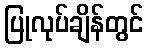
ပြုလုပ်ချိန်တွင်